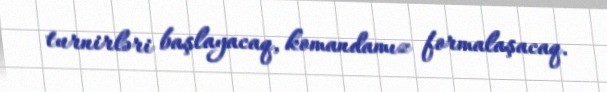
turnirləri başlayacaq, komandamız formalaşacaq.